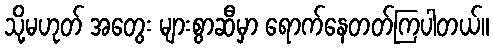
သို့မဟုတ် အတွေး များစွာဆီမှာ ရောက်နေတတ်ကြပါတယ်။